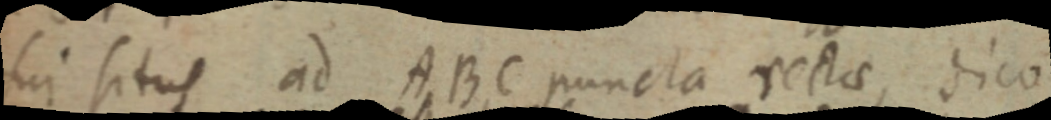
sui situs ad ABC puncta restae, dice